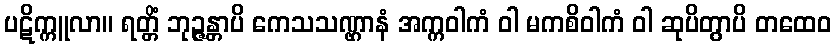
ပဋိက္ကူလာ။ ရတ္တိံ ဘုဉ္ဇန္တာပိ ကေသသဏ္ဌာနံ အက္ကဝါကံ ဝါ မကစိဝါကံ ဝါ ဆုပိတွာပိ တထေဝ